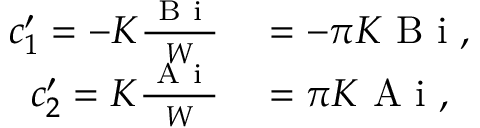
\begin{array} { r l } { c _ { 1 } ^ { \prime } = - K \frac { \mathrm { ~ B ~ i ~ } } { W } } & { { } = - \pi K \mathrm { ~ B ~ i ~ } , } \\ { c _ { 2 } ^ { \prime } = K \frac { \mathrm { ~ A ~ i ~ } } { W } } & { { } = \pi K \mathrm { ~ A ~ i ~ } , } \end{array}